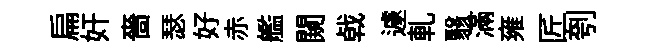
扁奸嗇瑟好赤艦闚㦸遽軋翳滿雍匠刳